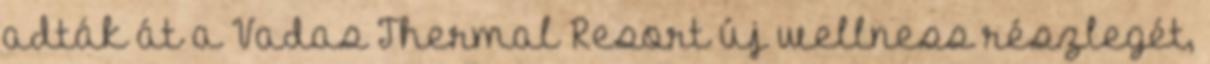
adták át a Vadas Thermal Resort új wellness részlegét,